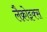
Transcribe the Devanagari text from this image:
लैक्रोइक्स